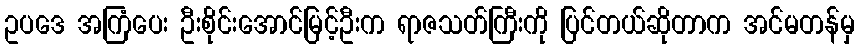
ဥပဒေ အကြံပေး ဦးစိုင်းအောင်မြင့်ဦးက ရာဇသတ်ကြီးကို ပြင်တယ်ဆိုတာက အင်မတန်မှ